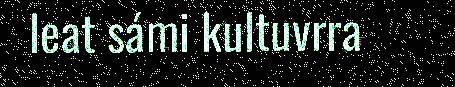
leat sámi kultuvrra